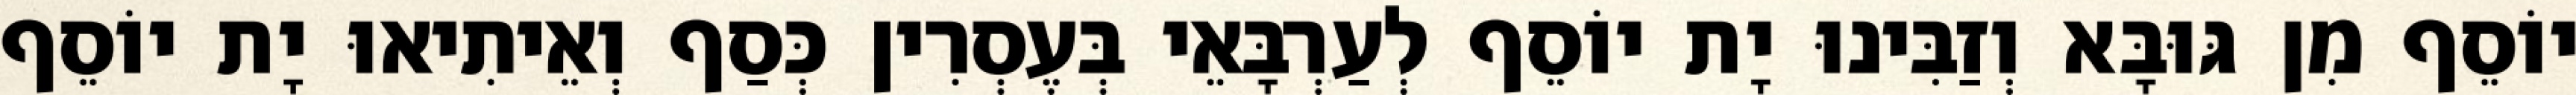
יוֹסֵף מִן גּוּבָּא וְזַבִּינוּ יָת יוֹסֵף לְעַרְבָּאֵי בְּעֶסְרִין כְּסַף וְאֵיתִיאוּ יָת יוֹסֵף